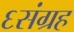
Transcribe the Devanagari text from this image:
६संग्रह